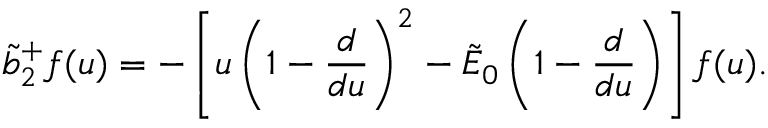
\tilde { b } _ { 2 } ^ { + } f ( u ) = - \left[ u \left( 1 - { \frac { d } { d u } } \right) ^ { 2 } - \tilde { \cal E } _ { 0 } \left( 1 - { \frac { d } { d u } } \right) \right] f ( u ) .